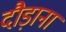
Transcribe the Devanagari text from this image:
दौड़ाना